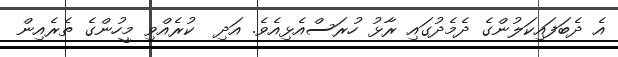
އެ ދެބަފައިކަލުންގެ ދެމެދުގައި ރާޅު ހުރަސްއެޅިއެވެ. އަދި  ކުރެއްވި މީހުންގެ ތެރެއިން